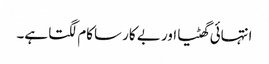
انتہائی گھٹیا اور بے کار ساکام لگتا ہے۔